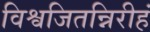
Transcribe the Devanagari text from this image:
विश्वजितन्निरीहं